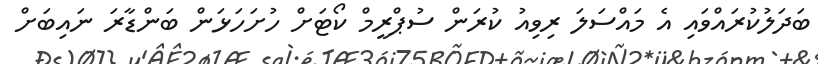
ބަދަލުކުރައްވައި އެ މައްސަލަ ރިވިއު ކުރަން ސުޕްރީމް ކޯޓަށް ހުށަހަޅަން ބަންޑާރަ ނައިބަށް